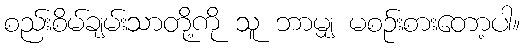
စည်းစိမ်ချမ်းသာတို့ကို သူ ဘာမျှ မစဉ်းစားတော့ပါ။